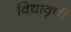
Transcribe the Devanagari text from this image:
विद्यावृत्ती